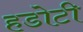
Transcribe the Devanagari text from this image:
हडोटी